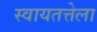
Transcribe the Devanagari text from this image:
स्वायतत्तेला